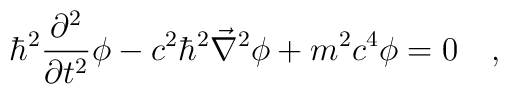
\hbar^2 \frac{\partial^2}{\partial t^2} \phi-c^2 \hbar^2 \vec{\nabla}^2 \phi + m^2c^4 \phi=0 \quad ,